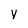
Character: y